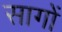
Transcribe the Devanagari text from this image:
सागों